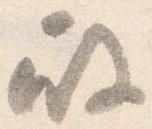
殿